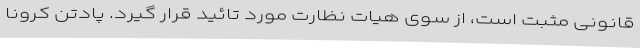
قانونی مثبت است، از سوی هیات نظارت مورد تائید قرار گیرد. پادتن کرونا